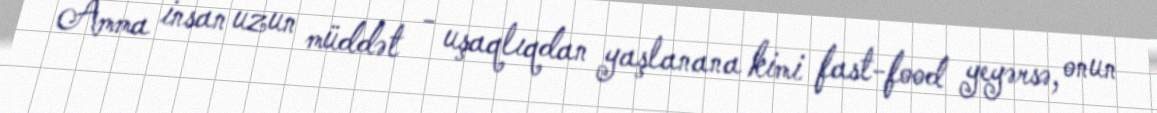
Amma insan uzun müddət - uşaqlıqdan yaşlanana kimi fast-food yeyərsə, onun